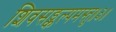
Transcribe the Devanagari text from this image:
शिवसङ्कल्पमस्तु॥३॥